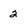
Character: 2